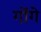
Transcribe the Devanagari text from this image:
गोंगे